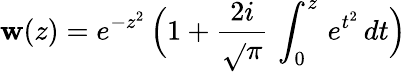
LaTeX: \mathbf{w}(z)=e^{-z^{2}}\, \Big(1+\frac{{2i}}{{\sqrt{}{{\pi}}}}\, \int_{0}^{z}\, e^{t^{2}}\, dt\Big)